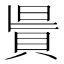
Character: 𧵯